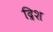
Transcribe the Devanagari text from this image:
द्रिश